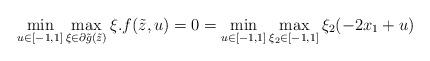
LaTeX: \begin{align*}\min_{u\in [-1,1]} \max_{\xi\in\partial \tilde{g}(\tilde{z})} \xi.f(\tilde{z},u) = 0 = \min_{u\in [-1,1]} \max_{\xi_2\in[-1,1]} \xi_2 (-2x_1 + u)\end{align*}